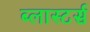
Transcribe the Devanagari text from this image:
ब्लास्टर्स